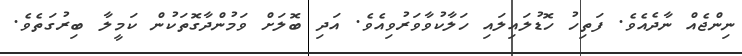
ނިންޖެއް ނާދެއެވެ. ފަތިހު ހޮޑުލައިލައި ހަލާކުވާވަރުވިއެވެ. އަދި ބޮލަށް ވަމުންދާގޮތަކުން ކަމީލާ ބިރުގަތެވެ.